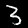
Label: 3